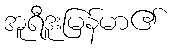
အူရီဒူးမြန်မာ၏